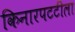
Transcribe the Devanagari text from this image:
किनारपटटीला